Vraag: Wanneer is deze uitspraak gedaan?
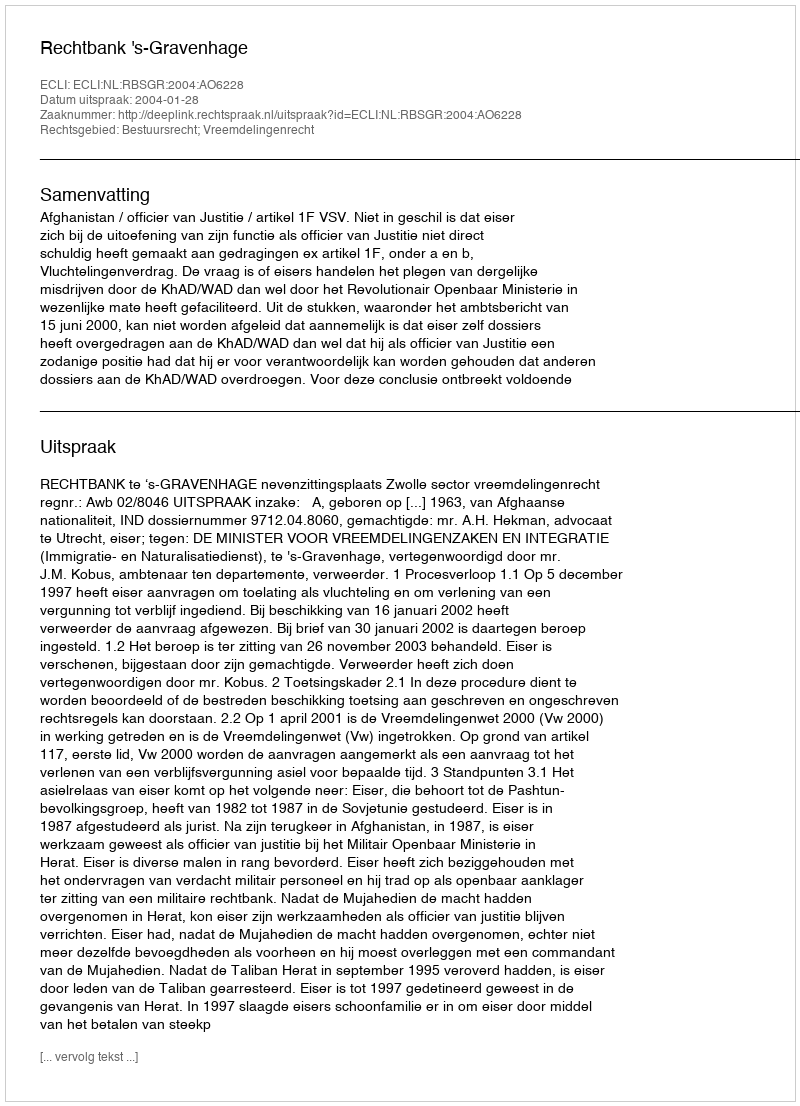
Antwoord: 2004-01-28